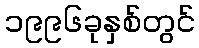
၁၉၉၆ခုနှစ်တွင်